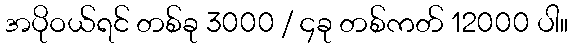
အပိုဝယ်ရင် တစ်ခု 3000 / ၄ခု တစ်ကတ် 12000 ပါ။